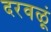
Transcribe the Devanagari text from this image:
दरवळूं